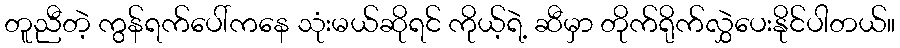
တူညီတဲ့ ကွန်ရက်ပေါ်ကနေ သုံးမယ်ဆိုရင် ကိုယ့်ရဲ့ ဆီမှာ တိုက်ရိုက်လွှဲပေးနိုင်ပါတယ်။